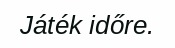
Játék időre.